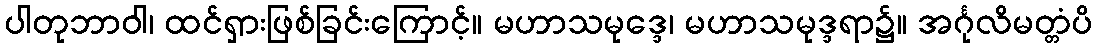
ပါတုဘာဝါ၊ ထင်ရှားဖြစ်ခြင်းကြောင့်။ မဟာသမုဒ္ဒေ၊ မဟာသမုဒ္ဒရာ၌။ အင်္ဂုလိမတ္တံပိ